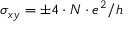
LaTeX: \sigma _ { x y } = \pm { 4 \cdot N \cdot e ^ { 2 } } / h